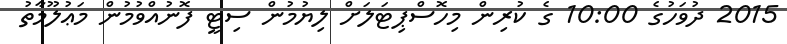
2015 ދުވަހުގެ 10:00 ގެ ކުރިން މިހޮސްޕިޓަލަށް ލިޔުމުން ސިޓީ ފޮނުއްވުމުން މަޢުލޫމާތު